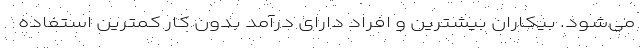
می‌شود. بیکاران بیشترین و افراد دارای درآمد بدون کار کمترین استفاده